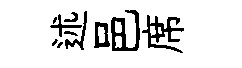
述邑席